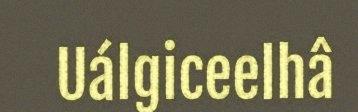
Uálgiceelhâ